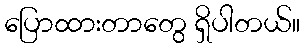
ပြောထားတာတွေ ရှိပါတယ်။